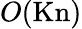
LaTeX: O(\mathrm{Kn})